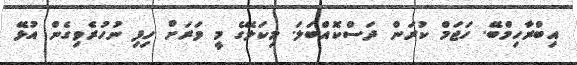
އިބްރާހިމްބޭ. ހަޖަމް ކުރަން ދަސްކޮއްބަލަ. މިކަލޭގެ މީ ވަރަށް ހިފި ނުހުރެވިގެން އުޅޭ